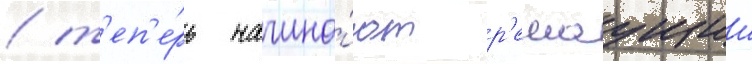
/ т'еп'е́рь начина́ют р'ешаущии